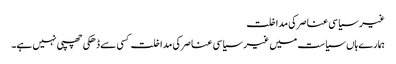
غیر سیاسی عناصر کی مداخلت
ہمارےہاں سیاست میں غیر سیاسی عناصر کی مداخلت کسی سے ڈھکی چھپی نہیں ہے۔